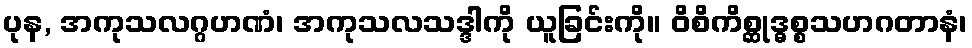
ပုန, အကုသလဂ္ဂဟဏံ၊ အကုသလသဒ္ဒါကို ယူခြင်းကို။ ဝိစိကိစ္ဆုဒ္ဓစ္စသဟဂတာနံ၊